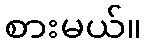
စားမယ်။